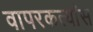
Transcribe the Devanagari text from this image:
वापरकर्त्यांस